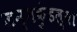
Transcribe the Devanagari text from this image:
जन्मकुंडल्या